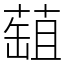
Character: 䔘